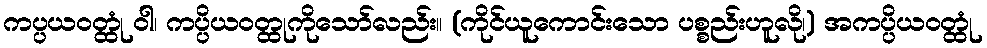
ကပ္ပယဝတ္ထုံ ဝါ၊ ကပ္ပိယဝတ္ထုကိုသော်လည်း။ (ကိုင်ယူကောင်းသော ပစ္စည်းဟူလို၊) အကပ္ပိယဝတ္ထုံ